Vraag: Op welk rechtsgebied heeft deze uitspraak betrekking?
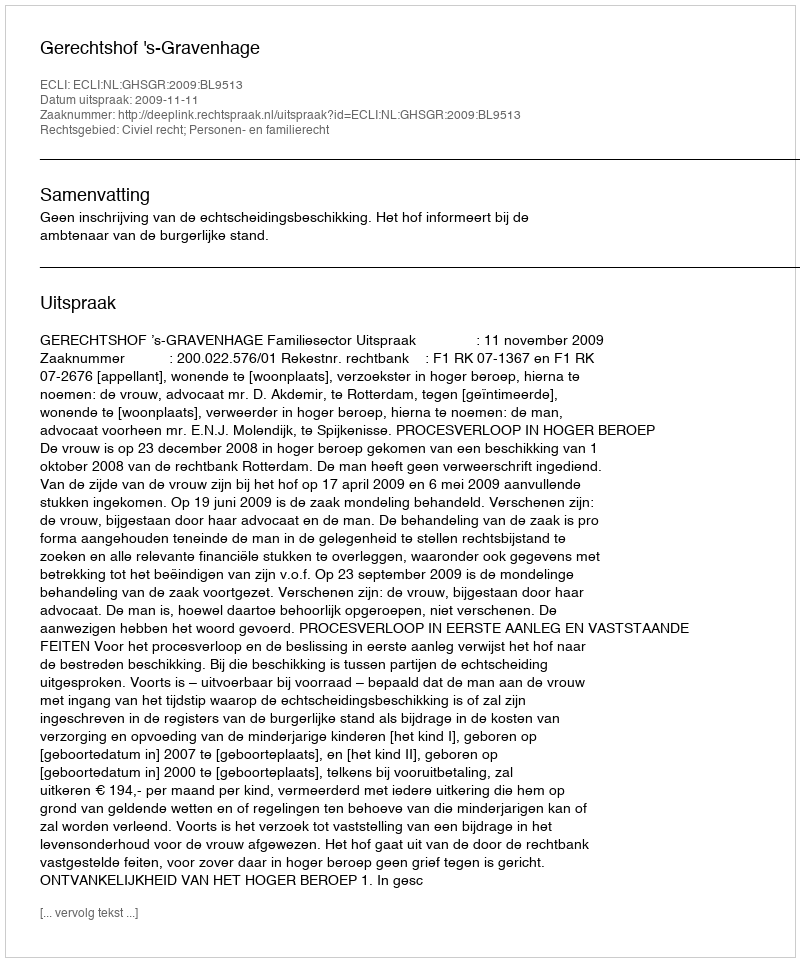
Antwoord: Civiel recht; Personen- en familierecht